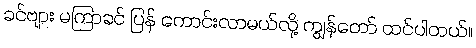
ခင်ဗျား မကြာခင် ပြန် ကောင်းလာမယ်လို့ ကျွန်တော် ထင်ပါတယ်။